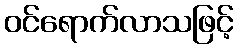
ဝင်ရောက်လာသဖြင့်